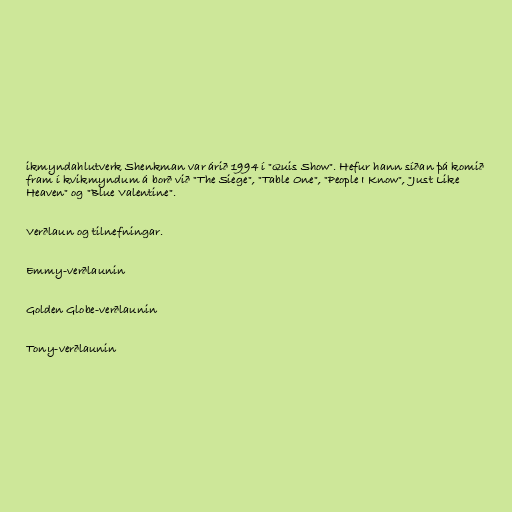
ikmyndahlutverk Shenkman var árið 1994 í "Quis Show". Hefur hann síðan þá komið
fram í kvikmyndum á borð við "The Siege", "Table One", "People I Know", "Just Like
Heaven" og "Blue Valentine".

Verðlaun og tilnefningar.

Emmy-verðlaunin

Golden Globe-verðlaunin

Tony-verðlaunin